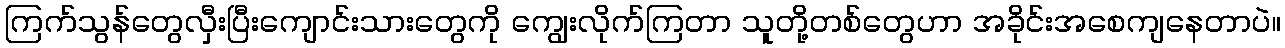
ကြက်သွန်တွေလှီးပြီးကျောင်းသားတွေကို ကျွေးလိုက်ကြတာ သူတို့တစ်တွေဟာ အခိုင်းအစေကျနေတာပဲ။